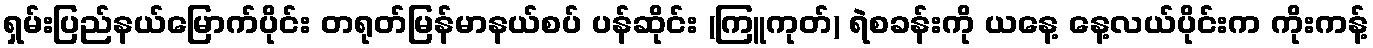
ရှမ်းပြည်နယ်မြောက်ပိုင်း တရုတ်မြန်မာနယ်စပ် ပန်ဆိုင်း (ကြူကုတ်) ရဲစခန်းကို ယနေ့ နေ့လယ်ပိုင်းက ကိုးကန့်